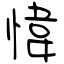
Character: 愇